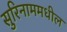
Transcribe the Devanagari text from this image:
सुरिनाममधील